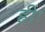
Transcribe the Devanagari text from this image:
हीः